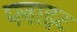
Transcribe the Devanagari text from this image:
प्लाइट